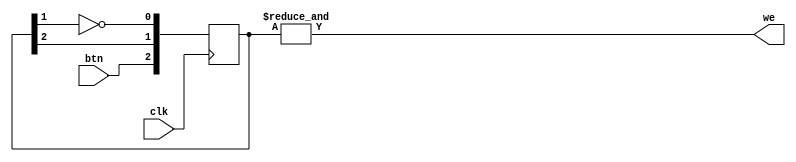
`timescale 1ns / 1ps
//////////////////////////////////////////////////////////////////////////////////
// Copyright: Chris Larsen, 2020-2022
// Engineer: 
// 
// Design Name: 
// Module Name: pulse, pulseTE
// Project Name: 
// Target Devices: 
// Tool Versions: 
// Description: pulse: Generate a single pulse when a button is pressed starting
//                     on the rising edge of the clock.
//              pulseFE: Generate a single pulse when a button is pressed starting
//                     on the falling edge of the clock.
// 
// Dependencies: 
// 
// Revision:
// Revision 0.01 - File Created
// Additional Comments:
// 
//////////////////////////////////////////////////////////////////////////////////

module pulse(clk, btn, we);
  input clk, btn;
  output we;

  reg [2:0] delay;

  initial
    begin
      delay = 3'b000;
    end

  always @(posedge clk)
    begin
      delay = {btn, delay[2], ~delay[1]};
    end

  assign we = &delay;

endmodule

module pulseFE(clk, btn, we);
  input clk, btn;
  output we;

  reg [2:0] delay;

  initial
    begin
      delay = 3'b000;
    end

  always @(negedge clk)
    begin
      delay = {btn, delay[2], ~delay[1]};
    end

  assign we = &delay;

endmodule